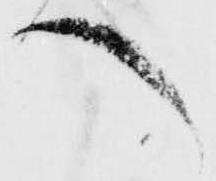
へ